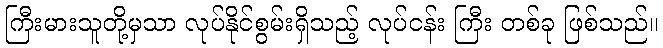
ကြီးမားသူတို့မှသာ လုပ်နိုင်စွမ်းရှိသည့် လုပ်ငန်း ကြီး တစ်ခု ဖြစ်သည်။